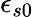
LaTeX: \epsilon_{s0}